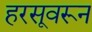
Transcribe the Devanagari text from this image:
हरसूवरून